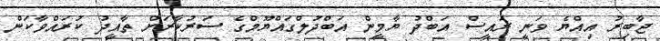
ޖާބިރު އިއްޔެ ވަނީ ރައީސް އަބްދު ޔާމީން އަބްދުލްގައްޔޫމްގެ ސަރުކާރަށް ތާއީދު ކުރައްވާކަން